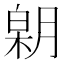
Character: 𣎋